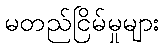
မတည်ငြိမ်မှုများ